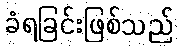
ခံရခြင်းဖြစ်သည်